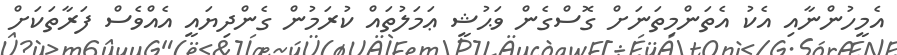
އެމީހުންނާއި އެކު އެތަންމިތަނަށް ގޮސްގެން ވަޙުޝީ ޢަމަލުތައް ކުރަމުން ގެންދިޔައީ އެއްވެސް ފަރާތަކަށް